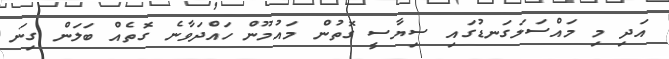
އަދި މި މައްސަލަގަނޑުގައި ސިޔާސީ ގޮތުން މައުމޫން ހައްދަވާނެ ގޮތެއް ބަލަން ގިނަ